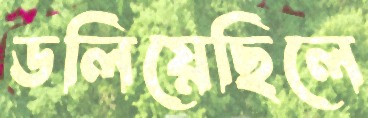
ডলিয়েছিলে